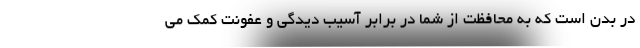
در بدن است که به محافظت از شما در برابر آسیب دیدگی و عفونت کمک می